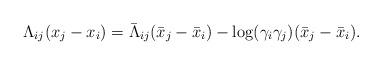
LaTeX: \begin{align*}\Lambda_{ij}(x_j-x_i)=\bar{\Lambda}_{ij}(\bar{x}_j-\bar{x}_i)-\log(\gamma_i\gamma_j)(\bar{x}_j-\bar{x}_i).\end{align*}